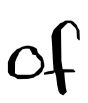
Text: of
Cross-out: clean
Writing tool: digital_black